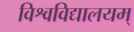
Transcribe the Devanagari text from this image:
विश्वविद्यालयम्‌